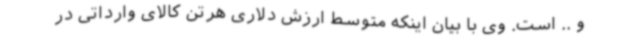
و .. است. وی با بیان اینکه متوسط ارزش دلاری هرتن کالای وارداتی در